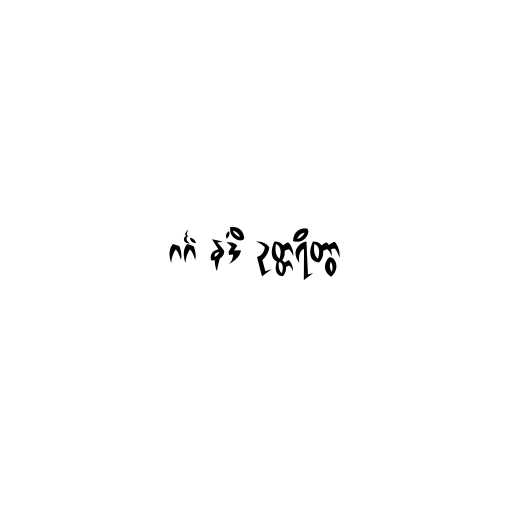
ဂင်္ဂံ နဒိံ ဥတ္တရိတွာ